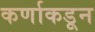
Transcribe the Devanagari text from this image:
कर्णाकडून